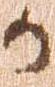
か